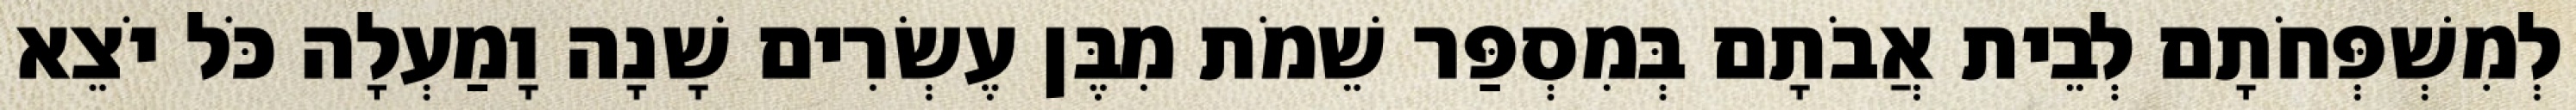
לְמִשְׁפְּחֹתָם לְבֵית אֲבֹתָם בְּמִסְפַּר שֵׁמֹת מִבֶּן עֶשְׂרִים שָׁנָה וָמַעְלָה כֹּל יֹצֵא